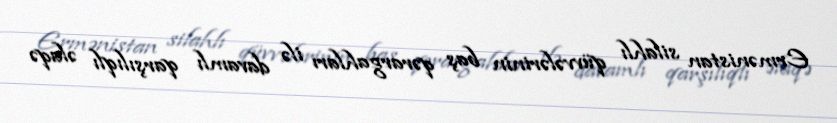
Ermənistan silahlı qüvvələrinin baş qərargahları ilə davamlı qarşılıqlı əlaqə